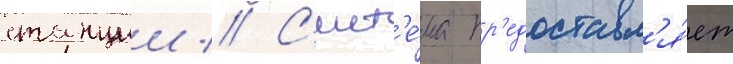
станции // С'ист'е́ма пр'едоставл'я́ет